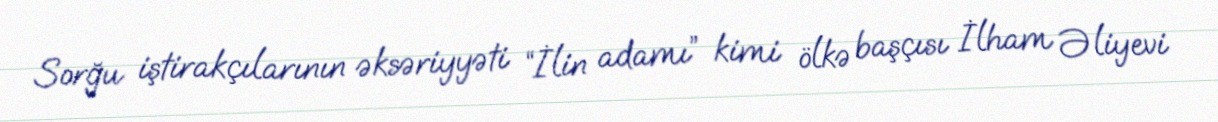
Sorğu iştirakçılarının əksəriyyəti “İlin adamı” kimi ölkə başçısı İlham Əliyevi